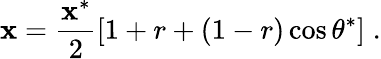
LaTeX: \mathbf{x}=\frac{{\mathbf{x}^{*}}}{{2}}\left[1+r+(1-r)\cos{\theta^{*}}\right]\; .